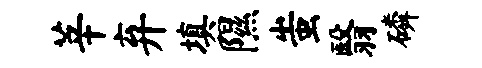
莘弃填隰蚩翳磷